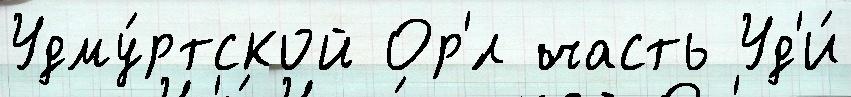
Удму́ртской Ор'́л часть Уд'и́